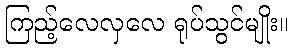
ကြည့်လေလှလေ ရုပ်သွင်မျိုး။